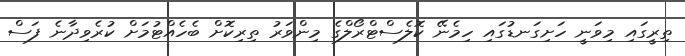
ތިރީގައި މިވަނީ ހަށިގަނޑުގައި ހިމެނޭ ކޮލެސްޓްރޯލްގެ މިންވަރު ތިރިކޮށް ބެހެއްޓުމަށް ކުރެވިދާނެ ފަސް